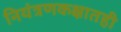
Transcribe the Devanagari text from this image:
नियंत्रणकक्षातही